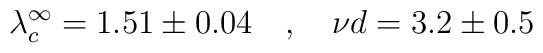
\lambda_c^\infty = 1.51 \pm 0.04 \ \ \ , \ \ \ {{\nu}d} =  3.2 \pm 0.5